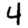
Digit: 4